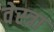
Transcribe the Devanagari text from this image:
वेस्त्रा